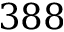
3 8 8